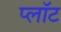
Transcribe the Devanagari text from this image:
प्‍लॉट